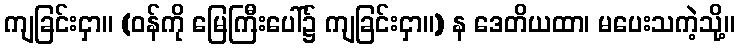
ကျခြင်းငှာ။ (ဝန်ကို မြေကြီးပေါ်၌ ကျခြင်းငှာ။) န ဒေတိယထာ၊ မပေးသကဲ့သို့။